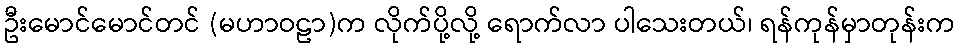
ဦးမောင်မောင်တင် (မဟာဝဠာ)က လိုက်ပို့လို့ ရောက်လာ ပါသေးတယ်၊ ရန်ကုန်မှာတုန်းက